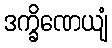
ဒက္ခိဏေယျံ